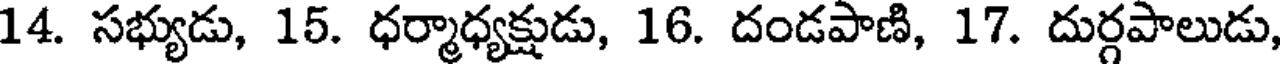
14. సభ్యుడు, 15. ధర్మాధ్యక్షుడు, 16. దండపాణి, 17. దుర్గపాలుడు,